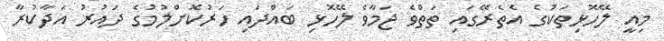
މިއީ ލޭހޮޅިތަކުގެ އެތެރޭގައި ތަތްވެ ޖަމާވެ ލޭހޮޅި ބައްދައި ހަރުކޮށްލުމުގެ ދައުރު އަދާކުރާ